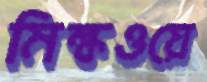
মিল্কওয়ে